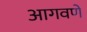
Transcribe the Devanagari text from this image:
आगवणे